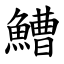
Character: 鰽